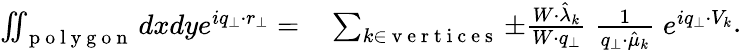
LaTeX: \begin{array}{rl}{\iint_{\mathrm{~p~o~l~y~g~o~n~}}dxdye^{iq_{\perp}\cdot r_{\perp}}=}&{{}\sum_{k\in\mathrm{~v~e~r~t~i~c~e~s~}}\pm\frac{W\cdot\hat{\lambda}_{k}}{W\cdot q_{\perp}}\; \frac{1}{q_{\perp}\cdot\hat{\mu}_{k}}\; e^{iq_{\perp}\cdot V_{k}}}\end{array}.